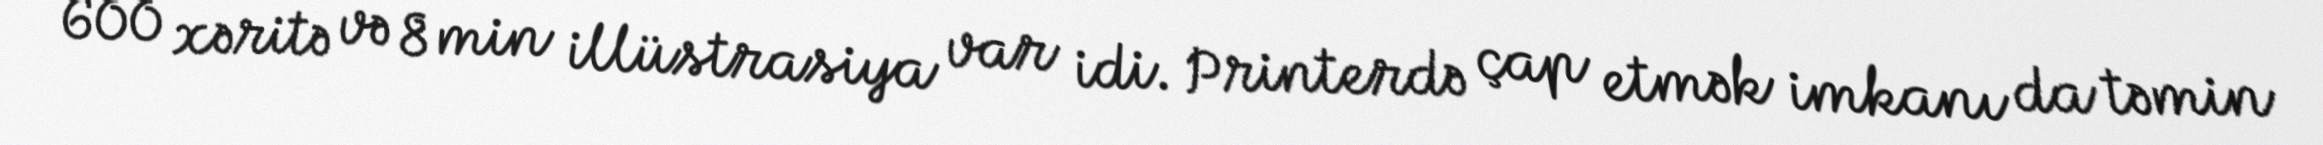
600 xəritə və 8 min illüstrasiya var idi. Printerdə çap etmək imkanı da təmin